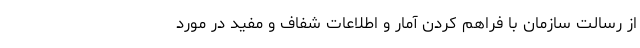
از رسالت سازمان با فراهم کردن آمار و اطلاعات شفاف و مفید در مورد